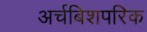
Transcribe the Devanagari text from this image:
अर्चबिशपरिक